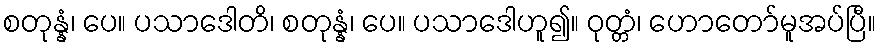
စတုန္နံ၊ ပေ။ ပသာဒေါတိ၊ စတုန္နံ၊ ပေ။ ပသာဒေါဟူ၍။ ဝုတ္တံ၊ ဟောတော်မူအပ်ပြီ။